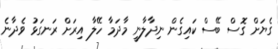
ގެޔަށް ގޮސް ބޭސް ކައިގެން ނިދާލާނީ މާދަމާ ހޭލާ އިރަށް ރަނގަޅު ވެދާނެ